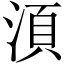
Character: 湏